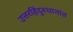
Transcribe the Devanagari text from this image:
उत्तरहिंदुस्थानांत